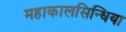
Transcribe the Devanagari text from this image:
महाकालसिन्धिया